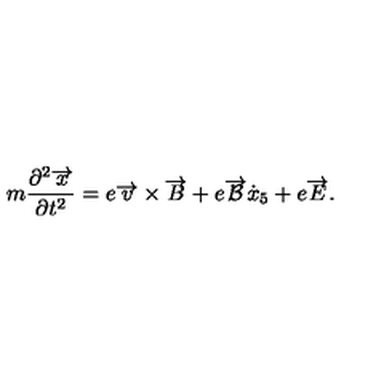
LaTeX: m \frac { \partial ^ { 2 } \overrightarrow { x } } { \partial t ^ { 2 } } = e \overrightarrow { v } \times \overrightarrow { B } + e \overrightarrow { { \cal { B } } } \dot { x } _ { 5 } + e \overrightarrow { E } .